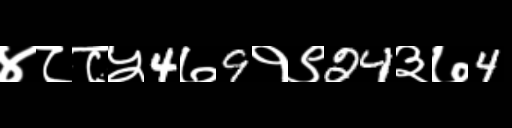
Text: ४८८५4७9१९24३७4